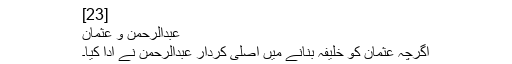
[23]
عبدالرحمن و عثمان
اگرچہ عثمان کو خلیفہ بنانے میں اصلی کردار عبدالرحمن نے ادا کیا۔